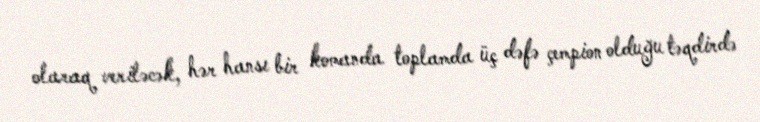
olaraq veriləcək, hər hansı bir komanda toplamda üç dəfə çempion olduğu təqdirdə